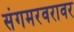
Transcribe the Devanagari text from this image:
संगमरवरावर